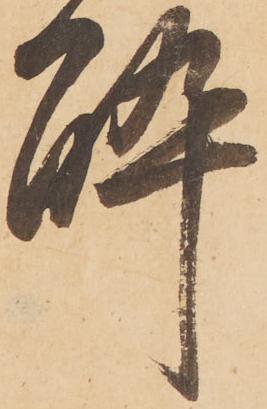
酔